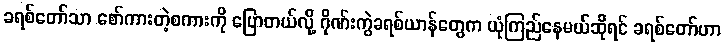
ခရစ်တော်သာ စော်ကားတဲ့စကားကို ပြောတယ်လို့ ဂိုဏ်းကွဲခရစ်ယာန်တွေက ယုံကြည်နေမယ်ဆိုရင် ခရစ်တော်ဟာ